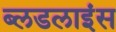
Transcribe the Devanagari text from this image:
ब्लडलाइंस